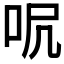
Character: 𠰾